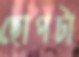
ছোপটা